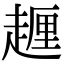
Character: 𧽆